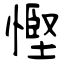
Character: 慳